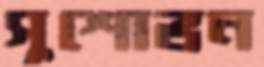
সুশোভন